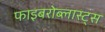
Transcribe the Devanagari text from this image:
फाइबरोब्लास्ट्स